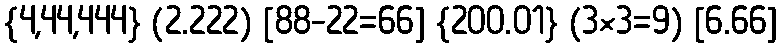
{4,44,444} (2.222) [88-22=66] {200.01} (3×3=9) [6.66]